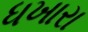
ધખારા